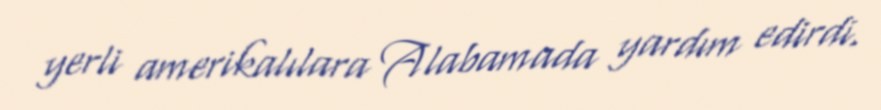
yerli amerikalılara Alabamada yardım edirdi.